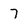
Character: 7